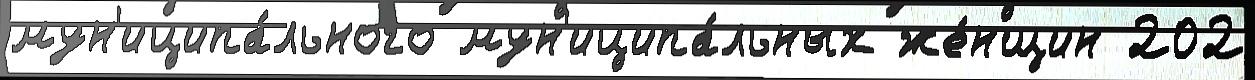
мун'иципа́льного мун'иципа́льных же́нщин 202